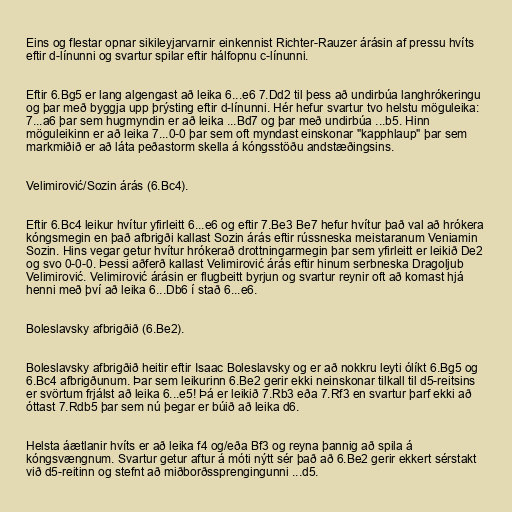
Eins og flestar opnar sikileyjarvarnir einkennist Richter-Rauzer árásin af pressu hvíts
eftir d-línunni og svartur spilar eftir hálfopnu c-línunni.

Eftir 6.Bg5 er lang algengast að leika 6...e6 7.Dd2 til þess að undirbúa langhrókeringu
og þar með byggja upp þrýsting eftir d-línunni. Hér hefur svartur tvo helstu möguleika:
7...a6 þar sem hugmyndin er að leika ...Bd7 og þar með undirbúa ...b5. Hinn
möguleikinn er að leika 7...0-0 þar sem oft myndast einskonar "kapphlaup" þar sem
markmiðið er að láta peðastorm skella á kóngsstöðu andstæðingsins.

Velimirović/Sozin árás (6.Bc4).

Eftir 6.Bc4 leikur hvítur yfirleitt 6...e6 og eftir 7.Be3 Be7 hefur hvítur það val að hrókera
kóngsmegin en það afbrigði kallast Sozin árás eftir rússneska meistaranum Veniamin
Sozin. Hins vegar getur hvítur hrókerað drottningarmegin þar sem yfirleitt er leikið De2
og svo 0-0-0. Þessi aðferð kallast Velimirović árás eftir hinum serbneska Dragoljub
Velimirović. Velimirović árásin er flugbeitt byrjun og svartur reynir oft að komast hjá
henni með því að leika 6...Db6 í stað 6...e6.

Boleslavsky afbrigðið (6.Be2).

Boleslavsky afbrigðið heitir eftir Isaac Boleslavsky og er að nokkru leyti ólíkt 6.Bg5 og
6.Bc4 afbrigðunum. Þar sem leikurinn 6.Be2 gerir ekki neinskonar tilkall til d5-reitsins
er svörtum frjálst að leika 6...e5! Þá er leikið 7.Rb3 eða 7.Rf3 en svartur þarf ekki að
óttast 7.Rdb5 þar sem nú þegar er búið að leika d6.

Helsta áætlanir hvíts er að leika f4 og/eða Bf3 og reyna þannig að spila á
kóngsvængnum. Svartur getur aftur á móti nýtt sér það að 6.Be2 gerir ekkert sérstakt
við d5-reitinn og stefnt að miðborðssprengingunni ...d5.